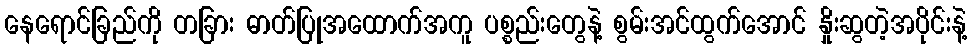
နေရောင်ခြည်ကို တခြား ဓာတ်ပြုအထောက်အကူ ပစ္စည်းတွေနဲ့ စွမ်းအင်ထွက်အောင် နှိုးဆွတဲ့အပိုင်းနဲ့